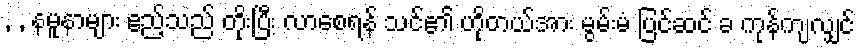
, , နမူနာများ ဧည့်သည် တိုးပြီး လာစေရန် သင်၏ ဟိုတယ်အား မွမ်းမံ ပြင်ဆင် ခ ကုန်ကျလျှင်